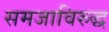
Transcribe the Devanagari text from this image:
समजाविरुद्ध